Annual report on the working of the lock hospitals in the Central Provinces
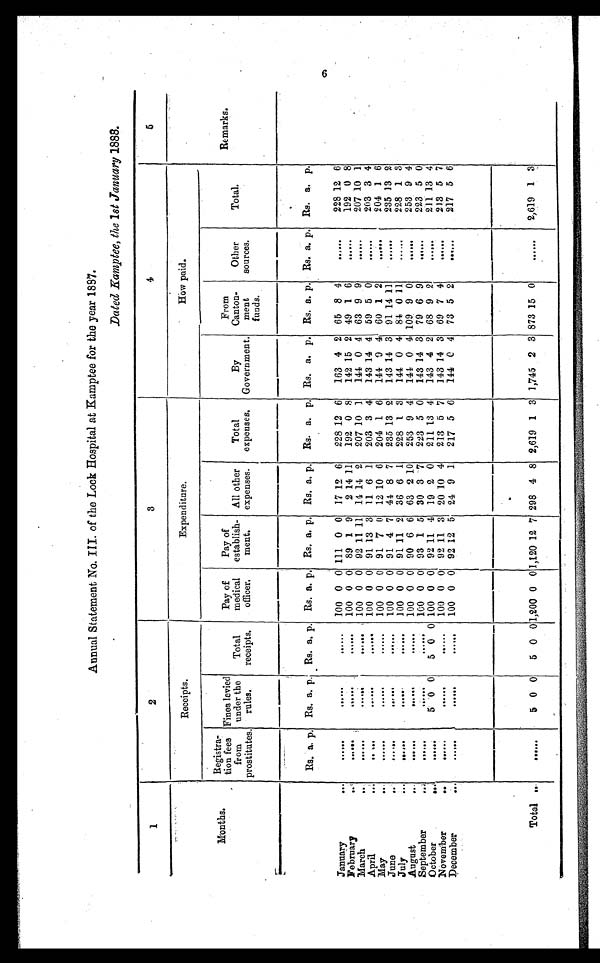
Annual Statement No. III. of the Lock Hospital at Kamptee for the year 1897.
Dated Kamptee, the 1st January 1888.
1
2
3
4
5
Receipts.
Expenditure.
How paid.
Months.
Registra-
tion fees
from
prostitutes.
Fines levied
under the
rules.
Total
receipts.
Pay of
medical
officer
.
Pay of
establish-
ment.
All other
expenses.
Total
expenses.
By
Government.
From
Canton-
went
funds.
Other
sources.
Total.
Remarks.
Rs. a. p. Rs. a. p. Rs. a. p. Rs. a. p. Rs. a. p. Rs. a. p.
Rs. a. p. Rs. a, p. Rs. a. p. Rs. a. p. Rs. a. p.
January
...
....
......
......
100 0 0 111 0 0 17 12 6
228 12 6
163 4 2 65 8 4
......
228 12 6
February ...
......
......
......
100 0 0 89 1 9
2 14 11
192 0 8
142 15 2 49 1 6
......
192 0 8
March
...
. . . . . .
......
......
100 0 0 92 11 11 14 14 2
207 10 1
144 0 4 63 9 9
......
207 10 1
April
..
......
. . . . . .
......
100 0 0 91 13 3 11 6 1
203 3 4
143 14 4 59 5 0
......
203 3 4
May
... ......
......
.....
100 0 0 91 7 0 12 10 6
204 1 6
144 0 4 60 1 2
......
204 1 6
June
......
. . . . . . .
. . . . . . .
100 0 0 91 4 7 41 8 7
235 13 2
143 14 3 91 14 11
......
235 13 2
July ...
......
.....
......
100 0 0 91 11 2 36 6 1
228 1 3
144 0 4 84 0 11
......
228 1 3
August ...
......
.....
......
100 0 0 90 6 6 63 2 10
253 9 4
141 0 4 109 9 0
......
253 9 4
September ...
......
. . . . . .
.....
100 0 0 93 1 5 30 3 7
223 5 0
143 14 3 79 6 9
......
223 5 0
October
....
......
5 0 0
5 0 0 100 0 0 92 11 4 19 2 0
211 13 4
143 4 2 68 9 2
.....
211 13 4
November ...
......
......
......
100 0 01 92 11 3 20 10 4
213 5 7
143 14 3 69 7 4
......
213 5 7
December
...
......
........
......
100 0 0 92 12 5 24 9 1
217 5 6
144 0 4 73 5 2
......
217 5 6
Total ..
......
5 0 0
5 0 01,200 0
0
1,120 12 7 298 4 8 2,619 1 3 1,745 2 3 873 15 0
......
2,619 1 3
9